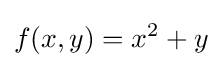
f(x,y)=x^{2}+y